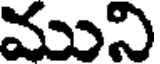
ముని